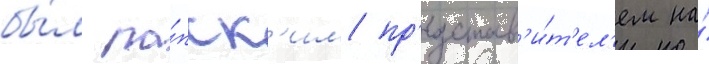
бы́л па́пск'им пр'едстав'и́т'ел'ем на́